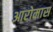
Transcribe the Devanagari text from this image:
आरोमास